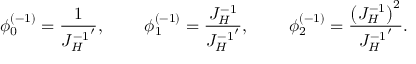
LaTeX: \phi _ { 0 } ^ { ( - 1 ) } = { \frac { 1 } { { J _ { H } ^ { - 1 } } ^ { \prime } } } , \qquad \; \phi _ { 1 } ^ { ( - 1 ) } = { \frac { J _ { H } ^ { - 1 } } { { J _ { H } ^ { - 1 } } ^ { \prime } } } , \qquad \; \phi _ { 2 } ^ { ( - 1 ) } = { \frac { \left( J _ { H } ^ { - 1 } \right) ^ { 2 } } { { J _ { H } ^ { - 1 } } ^ { \prime } } } .